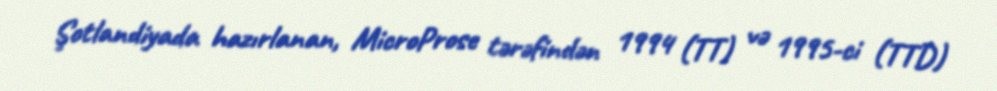
Şotlandiyada hazırlanan, MicroProse tərəfindən 1994 (TT) və 1995-ci (TTD)